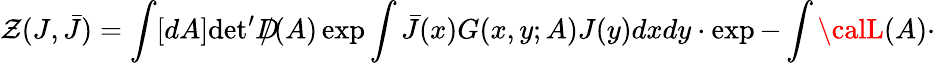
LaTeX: \mathcal{Z}(J,\bar{{J}})=\int[dA]\mathrm{{det}}^{\prime}D\! \! \! \! /(A)\exp\int\bar{{J}}(x)G(x,y;A)J(y)dxdy\cdot\exp-\int{\calL}(A)\cdot